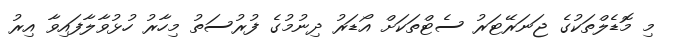
މި މޮޑެލްތަކުގެ ޖަނަރޭޓަރު ސެޓްތަކަށް އޯޑަރު ދިނުމުގެ ފުރުސަތު މިހާރު ހުޅުވާލާފައިވާ އިރު